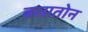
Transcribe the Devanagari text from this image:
बलातोन